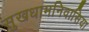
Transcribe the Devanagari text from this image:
सुखधामनिवासिया